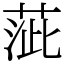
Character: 𦴢